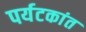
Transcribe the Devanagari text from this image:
पर्यटकांत